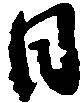
日